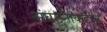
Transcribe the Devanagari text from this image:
संघटनांकडील